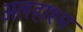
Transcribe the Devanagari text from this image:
अलहाश्म